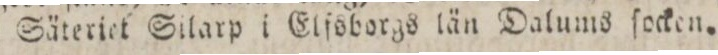
på Säteriet Silarp i Etfsborgs län Dalums ſocken.